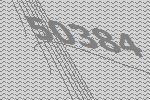
50384